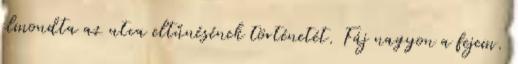
elmondta az utca eltűnésének történetét. Fáj nagyon a fejem.